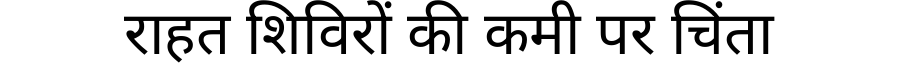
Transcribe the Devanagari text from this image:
राहत शिविरों की कमी पर चिंता